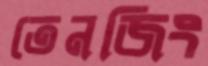
তেনজিং